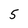
Character: 5